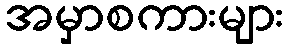
အမှာစကားများ